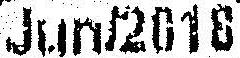
JUN/2018